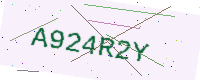
Text: A924R2Y